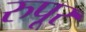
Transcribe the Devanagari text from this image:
रुपूर